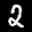
Label: 2